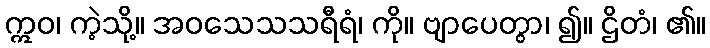
ဣဝ၊ ကဲ့သို့။ အဝသေသသရီရံ၊ ကို။ ဗျာပေတွာ၊ ၍။ ဌိတံ၊ ၏။